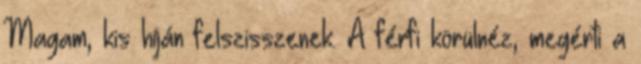
Magam, kis híján felszisszenek. A férfi körülnéz, megérti a